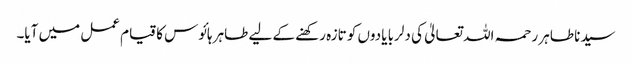
سیدنا طاہر رحمہ اللہ تعالیٰ کی دلربا یادوں کو تازہ رکھنے کے لیے طاہر ہائوس کا قیام عمل میں آیا۔